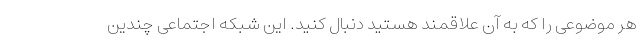
هر موضوعی را که به آن علاقمند هستید دنبال کنید. این شبکه اجتماعی چندین